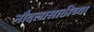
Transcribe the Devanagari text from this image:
नौदलासाठीच्या